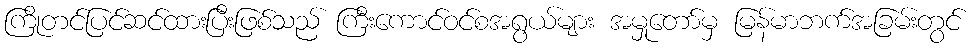
ကြိုတင်ပြင်ဆင်ထားပြီးဖြစ်သည် ကြီးကောင်ဝင်စအရွယ်များ အမှုတော်မှ မြန်မာဘက်အခြမ်းတွင်